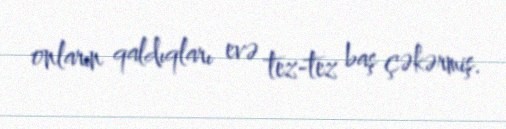
onların qaldıqları evə tez-tez baş çəkərmiş.